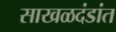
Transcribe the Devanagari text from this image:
साखळदंडांत